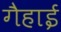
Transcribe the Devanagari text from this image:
गैहाई